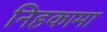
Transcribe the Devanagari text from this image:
निहकामा